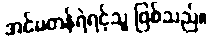
အင်မတန်ရဲရင့်သူ ဖြစ်သည်။